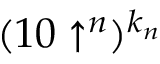
( 1 0 \uparrow ^ { n } ) ^ { k _ { n } }